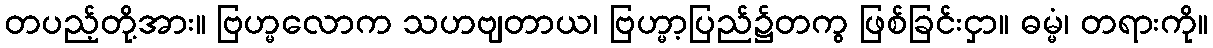
တပည့်တို့အား။ ဗြဟ္မလောက သဟဗျတာယ၊ ဗြဟ္မာ့ပြည်၌တကွ ဖြစ်ခြင်းငှာ။ ဓမ္မံ၊ တရားကို။